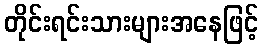
တိုင်းရင်းသားများအနေဖြင့်